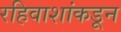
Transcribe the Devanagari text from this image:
रहिवाशांकडून